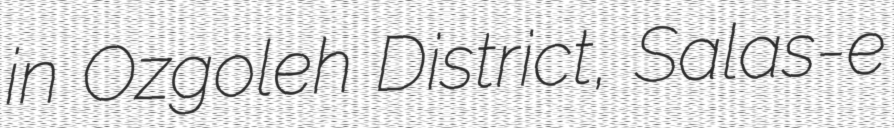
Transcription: in Ozgoleh District, Salas-e